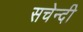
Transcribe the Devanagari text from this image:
सचेन्दी